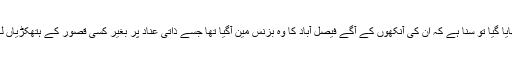
اور جب انہیں جہاز میں ہتھکڑی لگا کر بٹھایا گیا تو سنا ہے کہ ان کی آنکھوں کے آگے فیصل آباد کا وہ بزنس مین آگیا تھا جسے ذاتی عناد پر بغیر کسی قصور کے ہتھکڑیاں لگوا کر گلیوں میں سرِ عام رسوا کیا گیا تھا ۔